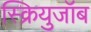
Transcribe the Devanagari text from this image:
स्क्रियुजॉब